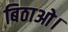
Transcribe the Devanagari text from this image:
बिठाओ।